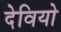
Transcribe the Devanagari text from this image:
देवियो